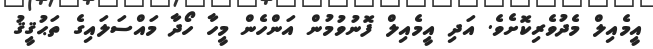
އީމެއިލް މެދުވެރިކޮށެވެ. އަދި އީމެއިލް ފޮނުވުމުން އަންހެން މީހާ ހޯދާ މައްސަލައިގެ ތަޙުޤީޤު